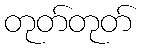
တုတ်တုတ်